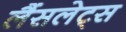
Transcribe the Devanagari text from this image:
लैंसलेट्स